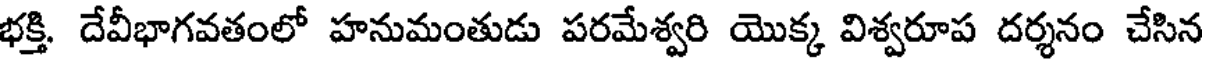
భక్తి. దేవీభాగవతంలో హనుమంతుడు పరమేశ్వరి యొక్క విశ్వరూప దర్శనం చేసిన